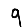
Digit: 9